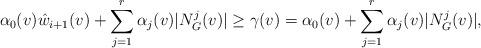
LaTeX: \begin{align*}\alpha_0(v) \hat{w}_{i+1}(v) + \sum_{j=1}^r \alpha_j(v) |N^j_{G}(v)| &\geq \gamma(v) = \alpha_0(v) + \sum_{j=1}^r \alpha_j(v) |N_{G}^j(v)|,\end{align*}